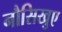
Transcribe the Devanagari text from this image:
नौसिखुए